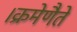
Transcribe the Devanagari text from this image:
।क्रमेणैते